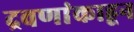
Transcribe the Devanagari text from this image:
द्रवणांकाहून